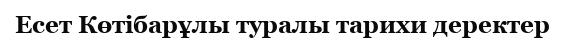
Есет Көтібарұлы туралы тарихи деректер